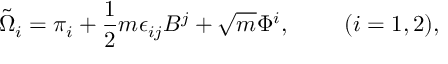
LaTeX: \tilde { \Omega } _ { i } = \pi _ { i } + \frac { 1 } { 2 } m \epsilon _ { i j } B ^ { j } + \sqrt { m } \Phi ^ { i } , { } ~ ~ ~ ~ ~ ~ ~ ( i = 1 , 2 ) ,